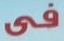
في